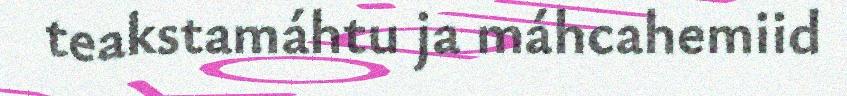
teakstamáhtu ja máhcahemiid